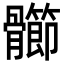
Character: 𩪶